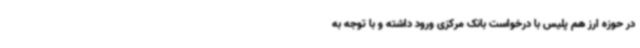
در حوزه ارز هم پلیس با درخواست بانک مرکزی ورود داشته و با توجه به